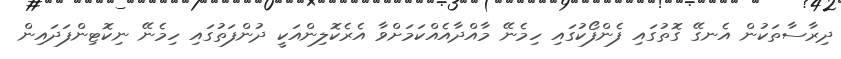
ދިރާސާތަކުން އެނގޭ ގޮތުގައި ފެންފޯކުގައި ހިމެނޭ މާއްދާއެއްކަމަށްވާ އެރެކޮލިންއަކީ ދުންފަތުގައި ހިމެނޭ ނިކޮޓިންފަދައިން